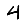
Digit: 4